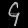
Digit: ၄